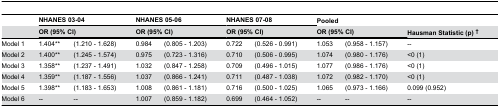
<table><thead><tr><td></td><td colspan="2"><b>NHANES 03-04</b></td><td colspan="2"><b>NHANES 05-06</b></td><td colspan="2"><b>NHANES 07-08</b></td><td><b>Pooled</b></td><td></td><td></td></tr><tr><td></td><td colspan="2"><b>OR (95% CI)</b></td><td colspan="2"><b>OR (95% CI)</b></td><td colspan="2"><b>OR (95% CI)</b></td><td colspan="2"><b>OR (95% CI)</b></td><td><b>Hausman Statistic (p) †</b></td></tr></thead><tbody><tr><td>Model 1</td><td>1.404**</td><td>(1.210 - 1.628)</td><td>0.984</td><td>(0.805 - 1.203)</td><td>0.722</td><td>(0.526 - 0.991)</td><td>1.053</td><td>(0.958 - 1.157)</td><td>--</td></tr><tr><td>Model 2</td><td>1.400**</td><td>(1.245 - 1.574)</td><td>0.975</td><td>(0.723 - 1.316)</td><td>0.710</td><td>(0.506 - 0.995)</td><td>1.074</td><td>(0.980 - 1.176)</td><td>&lt;0 (1)</td></tr><tr><td>Model 3</td><td>1.358**</td><td>(1.237 - 1.491)</td><td>1.032</td><td>(0.847 - 1.258)</td><td>0.709</td><td>(0.496 - 1.015)</td><td>1.077</td><td>(0.986 - 1.176)</td><td>&lt;0 (1)</td></tr><tr><td>Model 4</td><td>1.359**</td><td>(1.187 - 1.556)</td><td>1.037</td><td>(0.866 - 1.241)</td><td>0.711</td><td>(0.487 - 1.038)</td><td>1.072</td><td>(0.982 - 1.170)</td><td>&lt;0 (1)</td></tr><tr><td>Model 5</td><td>1.398**</td><td>(1.183 - 1.653)</td><td>1.008</td><td>(0.861 - 1.181)</td><td>0.716</td><td>(0.500 - 1.025)</td><td>1.065</td><td>(0.973 - 1.166)</td><td>0.099 (0.952)</td></tr><tr><td>Model 6</td><td>--</td><td>--</td><td>1.007</td><td>(0.859 - 1.182)</td><td>0.699</td><td>(0.464 - 1.052)</td><td>--</td><td>--</td><td>--</td></tr></tbody></table>